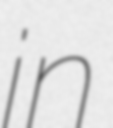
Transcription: in